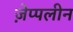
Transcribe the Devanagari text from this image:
ज़ेप्पलीन